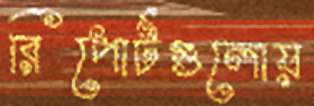
রিপোর্টগুলোয়